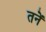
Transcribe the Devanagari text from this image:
तनें